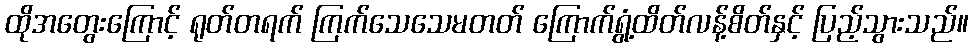
ထိုအတွေးကြောင့် ရုတ်တရက် ကြက်သေသေမတတ် ကြောက်ရွံ့ထိတ်လန့်စိတ်နှင့် ပြည့်သွားသည်။